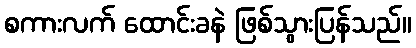
စကားလက် ထောင်းခနဲ ဖြစ်သွားပြန်သည်။